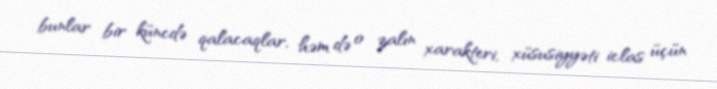
bunlar bir küncdə qalacaqlar, həm də o zalın xarakteri, xüsusiyyəti iclas üçün